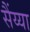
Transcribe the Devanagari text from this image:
सैंय्या